Annual report on the lock hospitals of the Madras Presidency
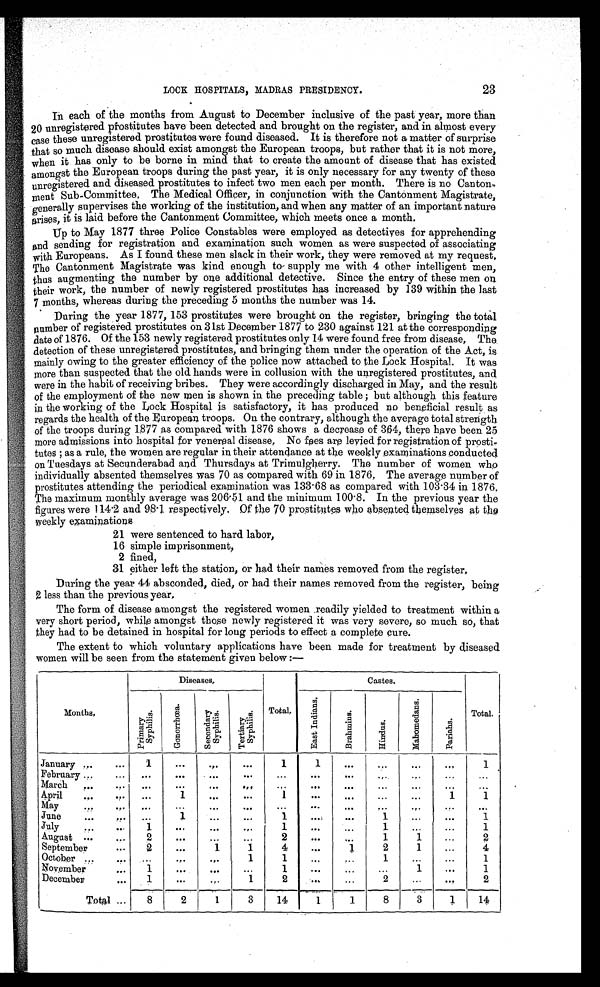
LOCK HOSPITALS, MADRAS PRESIDENCY.
23
In each of the months from August to December inclusive of the past year, more than
20 unregistered prostitutes have been detected and brought on the register, and in almost every
case these unregistered prostitutes were found diseased. It is therefore not a matter of surprise
that so much disease should exist amongst the European troops, but rather that it is not more,
when it has only to be borne in mind that to create the amount of disease that has existed
amongst the European troops during the past year, it is only necessary for any twenty of these
unregistered and diseased prostitutes to infect two men each per month. There is no Canton
-ment Sub-Committee. The Medical Officer, in conjunction with the Cantonment Magistrate,
generally supervises the working of the institution, and when any matter of an important nature
arises, it is laid before the Cantonment Committee, which meets once a month.
Up to May 1877 three Police Constables were employed as detectives for apprehending
and sending for registration and examination such women as were suspected of associating
with Europeans. As I found these men slack in their work, they were removed at my request,
The Cantonment Magistrate was kind enough to supply me with 4 other intelligent men,
thus augmenting the number by one additional detective. Since the entry of these men on
their work, the number of newly registered prostitutes has increased by 139 within the last
7 months, whereas during the preceding 5 months the number was 14.
During the year 1877, 153 prostitutes were brought on the register, bringing the total
number of registered prostitutes on 31st December 1877 to 230 against 121 at the corresponding
date of 1876. Of the 153 newly registered prostitutes only 14 were found free from disease. The
detection of these unregistered prostitutes, and bringing them under the operation of the Act, is
mainly owing to the greater efficiency of the police now attached to the Lock Hospital. It was
more than suspected that the old hands were in collusion with the unregistered prostitutes, and
were in the habit of receiving bribes. They were accordingly discharged in May, and the result
of the employment of the new men is shown in the preceding table; but although this feature
in the working of the Lock Hospital is satisfactory, it has produced no beneficial result as
regards the health of the European troops. On the contrary, although the average total strength
of the troops during 1877 as compared with 1876 shows a decrease of 364, there have been 25
more admissions into hospital for venereal disease. No fees are levied for registration of prosti-
tutes; as a rule, the women are regular in their attendance at the weekly examinations conducted
on Tuesdays at Secunderabad and Thursdays at Trimulgherry. The number of women who
individually absented themselves was 70 as compared with 69 in 1876. The average number of
prostitutes attending the periodical examination was 133.68 as compared with 103.34 in 1876.
The maximum monthly average was 206.51 and the minimum 100.8. In the previous year the
figures were 114.2 and 98.1 respectively. Of the 70 prostitutes who absented themselves at them
weekly examinations
21 were sentenced to hard labor,
16 simple imprisonment,
2 fined,
31 either left the station, or had their names removed from the register.
During the year 44 absconded, died, or had their names removed from the register, being
2 less than the previous year.
The form of disease amongst the registered women readily yielded to treatment within a
very short period, while amongst those newly registered it was very severe, so much so, that
they had to be detained in hospital for long periods to effect a complete cure.
The extent to which voluntary applications have been made for treatment by diseased
women will be seen from the statement given below:—
Months.
Diseases.
Total.
Castes.
Total.
P r i m a r y S y p h i l i s .
Go n o r r h œa .
S e c o n d a r y S y p h i l i s .
T e r t i a r y S y p h i l i s .
E a s t I n d i a n s .
Br a h mi n s .
Hi n d u s .
Ma h o me d a n s .
Pa r i a h s .
January ...
...
1
. . .
. . .
. . .
1
1
. .
. . .
. . .
...
1
February ...
...
. . .
. . .
. . .
...
. . .
. . .
. . .
...
. . .
. . .
. . .
March
,..
. . .
. . .
. . .
. . .
. . .
. . .
. . .
. . .
. . .
. . .
. . . .
April
...
....
. . .
1
. . .
...
1
. . .
...
. . .
. . .
1
1
May
. .
. . .
. . .
. . .
. . .
. . .
. . .
. .
. . .
.,.
. . .
. . .
June
...
...
. . .
1
. . .
...
1
. . .
. . .
1
. . .
. . .
1
July
....
1
..,
...
. . .
1
...
. . .
1
...
. . .
1
August ...
2
. . .
. . .
. . .
2
. . .
. . .
1
1
. . .
2
September
2
. . .
1
1
4
. . .
. 1
2
1
. . .
4
October...
. . .
. . .
...
1
1
. . .
. . .
1
. . .
. . .
1
November
...
1
. . .
. . .
. . .
1
. . .
. . .
. . .
1
. . .
1
December
...
1
...
...
1
2
. . .
. . .
2
. . .
. . .
2
Total ...
8
2 1
3
14
1
1
8
3
1
14